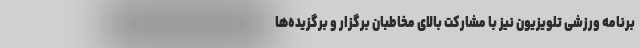
برنامه ورزشی تلویزیون نیز با مشارکت بالای مخاطبان برگزار و برگزیده‌ها